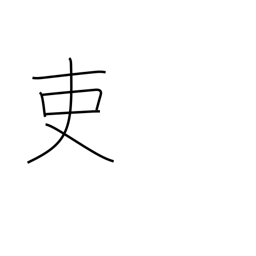
Meaning: an official